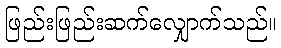
ဖြည်းဖြည်းဆက်လျှောက်သည်။